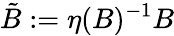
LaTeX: {\tilde{B}}:=\eta(B)^{-1}B